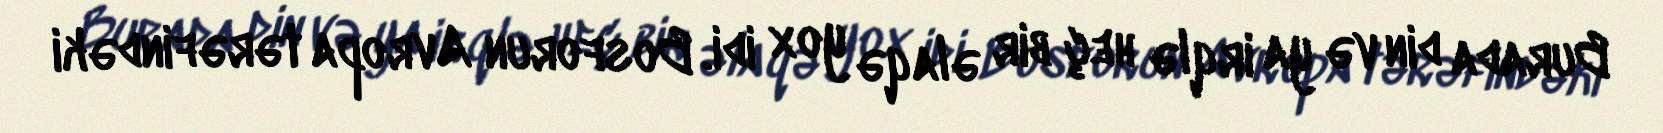
Burada din və ya irqlə heç bir əlaqə yox idi. Bosforun Avropa tərəfindəki